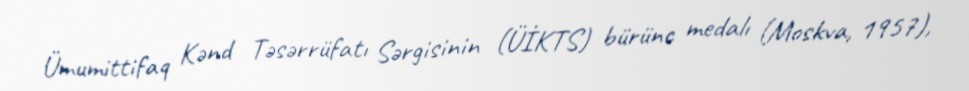
Ümumittifaq Kənd Təsərrüfatı Sərgisinin (ÜİKTS) bürünc medalı (Moskva, 1957),